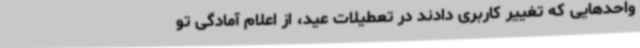
واحدهایی که تغییر کاربری دادند در تعطیلات عید، از اعلام آمادگی تو